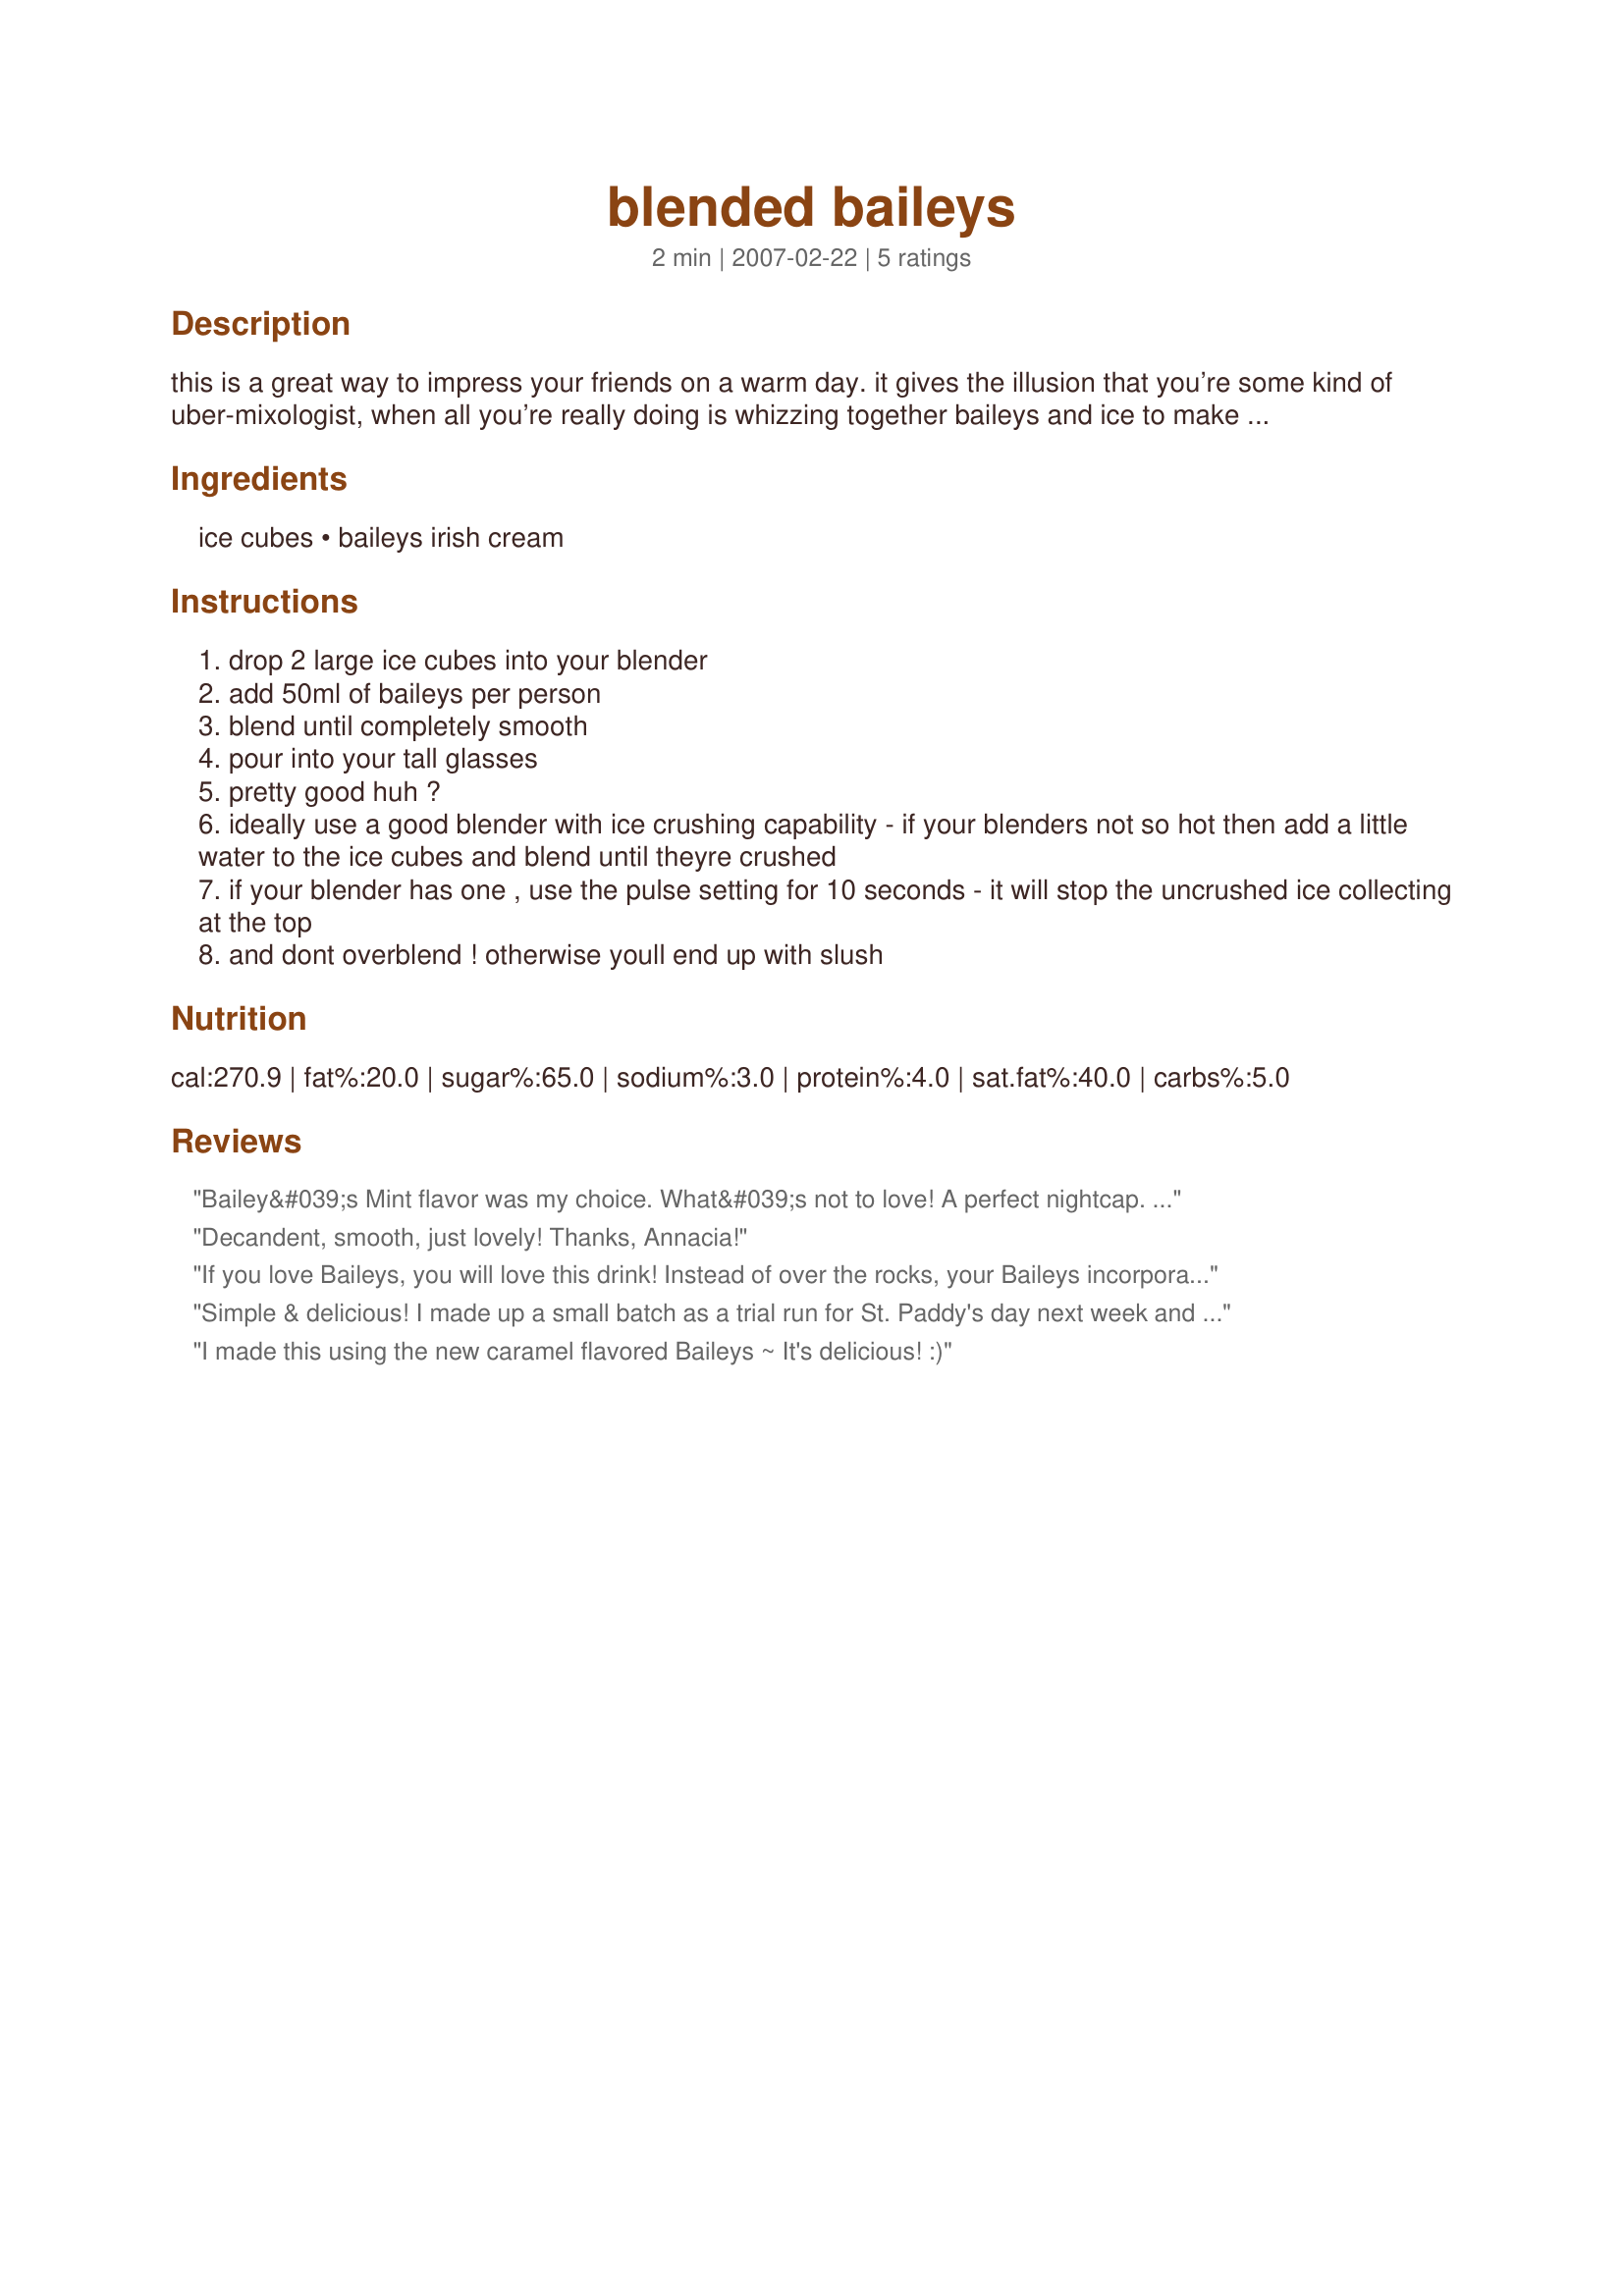
blended baileys
Preparation time: 2 minutes

this is a great way to impress your friends on a warm day. it gives the illusion that you’re some kind of uber-mixologist, when all you’re really doing is whizzing together baileys and ice to make one of the most delicious and refreshing tasting drinks there is.

Ingredients:
ice cubes, baileys irish cream

Steps:
drop 2 large ice cubes into your blender
add 50ml of baileys per person
blend until completely smooth
pour into your tall glasses
pretty good huh ?
ideally use a good blender with ice crushing capability - if your blenders not so hot then add a little water to the ice cubes and blend until theyre crushed
if your blender has one , use the pulse setting for 10 seconds - it will stop the uncrushed ice collecting at the top
and dont overblend ! otherwise youll end up with slush

Reviews:
Bailey&#039;s Mint flavor was my choice. What&#039;s not to love! A perfect nightcap. Thank you, Annacia. Made for Please Review My Recipe tag game.
Decandent, smooth, just lovely! Thanks, Annacia!
If you love Baileys, you will love this drink! Instead of over the rocks, your Baileys incorporated right into the rocks! Delicious, and decadent as only Baileys will deliver! Thank you, Annacia : )
Simple & delicious! I made up a small batch as a trial run for St. Paddy's day next week and they hit the spot. A nice drink to sip and enjoy and forget about the troubles of the day. I had forgotten how much I enjoy Bailey's and it really is best in the purest form. I definitely will serve again - and not only on St. Patrick's Day. Thanks Annacia :).
I made this using the new caramel flavored Baileys ~ It's delicious! :)
